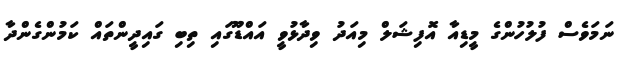
ނަމަވެސް ފުލުހުންގެ މީޑިއާ އޮފިޝަލް މިއަދު ވިދާޅުވީ އައްޑޫގައި ތިބި ގައިދީންތައް ކަމުންގެންދާ